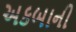
અકબાની